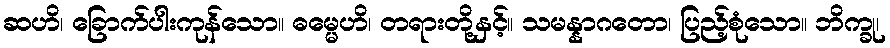
ဆဟိ၊ ခြောက်ပါးကုန်သော။ ဓမ္မေဟိ၊ တရားတို့နှင့်။ သမန္နာဂတော၊ ပြည့်စုံသော။ ဘိက္ခု၊